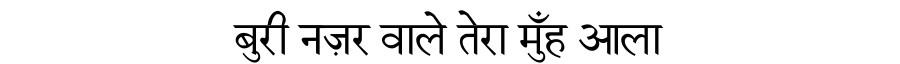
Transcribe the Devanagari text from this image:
बुरी नज़र वाले तेरा मुँह आला